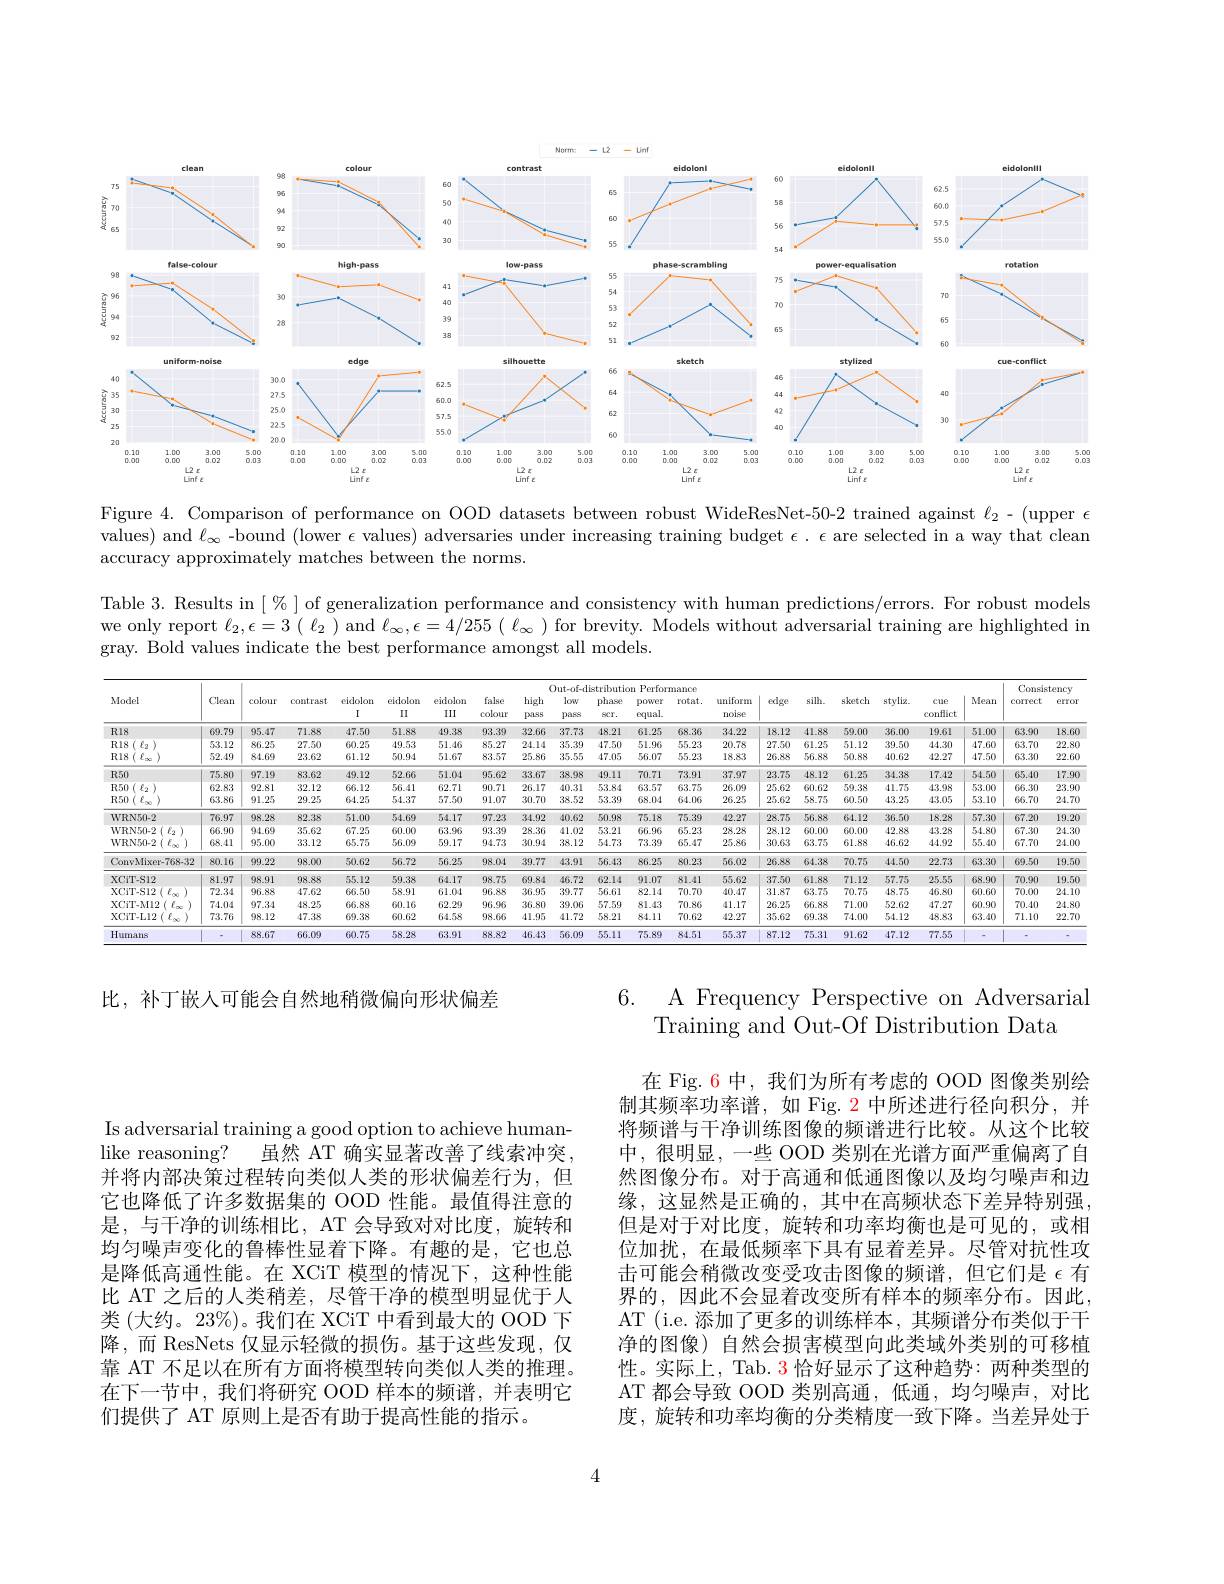
<FigureHere>

Figure 4. Comparison of performance on OOD datasets between robust WideResNet-50-2 trained against $\ell_2-($upper $\epsilon$ values) and $\ell_\infty$ -bound (lower $\epsilon$ values) adversaries under increasing training budget $\epsilon.\epsilon$ are selected in a way that clean accuracy approximately matches between the norms.

Table 3. Results in$[\%]$of generalization performance and consistency with human predictions/errors. For robust models we only report $\ell_2,\epsilon=3(\ell_2)$ and $\ell_\infty,\epsilon=4/255(\ell_\infty)$ for brevity. Models without adversarial training are highlighted in gray. Bold values indicate the best performance amongst all models.

<table>
	<tbody>
		<tr>
			<th rowspan="2">Model</th>
			<th rowspan="2">Clean</th>
			<th rowspan="2">colour</th>
			<th rowspan="2">contrast</th>
			<th rowspan="2">eidolon I</th>
			<th colspan="13">Out-of-distribution Performance</th>
			<th rowspan="2">$\therefore\ln$ styliz</th>
			<th rowspan="2">cue conflict</th>
			<th rowspan="2">Mean t</th>
			<th rowspan="2">Consis correct</th>
			<th>tency</th>
		</tr>
		<tr>
			<th rowspan="1">eidolon II</th>
			<th>eidolon III</th>
			<th rowspan="1">false colour</th>
			<th>lse hi our $pa$</th>
			<th>high $paS9$</th>
			<th>phase $SCr.$</th>
			<th>phase $SCT.$</th>
			<th>power equal.</th>
			<th>rotat.</th>
			<th>uniform noise</th>
			<th>iform oise</th>
			<th>$si$ $\log$e</th>
			<th>sketc</th>
			<th>error</th>
		</tr>
		<tr>
			<td>RI8</td>
			<td>69.79</td>
			<td>95.47</td>
			<td>71.88</td>
			<td>47.50</td>
			<td>51.88</td>
			<td>49.38</td>
			<td>93.39</td>
			<td>.39 32</td>
			<td>32.66</td>
			<td>48.21 2</td>
			<td>48.21</td>
			<td>61.25</td>
			<td>68.36</td>
			<td>34.22</td>
			<td>4.22 18</td>
			<td>41 .12</td>
			<td>59.00 8</td>
			<td>36.00</td>
			<td>19.61</td>
			<td>51.00</td>
			<td>63.90</td>
			<td>$18.6C$</td>
		</tr>
		<tr>
			<td>RI8 $E_{4}$</td>
			<td>53.12</td>
			<td>86.25</td>
			<td>27.50</td>
			<td>60.25</td>
			<td>49.53</td>
			<td>51.46</td>
			<td>85.27</td>
			<td>.27 24</td>
			<td>24.14</td>
			<td>47.50</td>
			<td>47.50</td>
			<td>51.96</td>
			<td>55.23</td>
			<td>20.78</td>
			<td>0.78 $2^{\prime}$</td>
			<td>.50 61</td>
			<td>5 51.12</td>
			<td>39.50</td>
			<td>44.30</td>
			<td>47.60</td>
			<td>63.70</td>
			<td>22.8(</td>
		</tr>
		<tr>
			<td>RI8</td>
			<td>52.49</td>
			<td>84.69</td>
			<td>23.62</td>
			<td>61.12</td>
			<td>50.94</td>
			<td>51.67</td>
			<td>83.57</td>
			<td>.57 25</td>
			<td>25.86</td>
			<td>47.05</td>
			<td>47.05</td>
			<td>56.07</td>
			<td>55.23</td>
			<td>18.83</td>
			<td>8.83 $2t$</td>
			<td>.88 56</td>
			<td>8 50.8</td>
			<td>40.62</td>
			<td>42.27</td>
			<td>47.50</td>
			<td>63.30</td>
			<td>22.6(</td>
		</tr>
		<tr>
			<td>$R50$</td>
			<td>75.80</td>
			<td>97.19</td>
			<td>83.62</td>
			<td>49.12</td>
			<td>52.66</td>
			<td>51.04</td>
			<td>95.62</td>
			<td>.62 33.</td>
			<td>33.67</td>
			<td>49.11 3</td>
			<td>49.11</td>
			<td>70.71</td>
			<td>73.91</td>
			<td>37.97</td>
			<td>7.97 2:</td>
			<td>.75 48</td>
			<td>2 61.2!</td>
			<td>34.38</td>
			<td>17.42</td>
			<td>54.50</td>
			<td>65.40</td>
			<td>17.9(</td>
		</tr>
		<tr>
			<td>$R50$ $\xi_{2}$ 1 </td>
			<td>62.83</td>
			<td>92.81</td>
			<td>32.12</td>
			<td>66.12</td>
			<td>56.41</td>
			<td>62.71</td>
			<td>90.71</td>
			<td>..71 26</td>
			<td>26.17</td>
			<td>53.84</td>
			<td>53.84</td>
			<td>63.57</td>
			<td>63.75</td>
			<td>26.09</td>
			<td>6.09 2</td>
			<td>.62 60</td>
			<td>2 59.38</td>
			<td>41.75</td>
			<td>43.98</td>
			<td>53.00</td>
			<td>66.30</td>
			<td>23.9(</td>
		</tr>
		<tr>
			<td>R50</td>
			<td>63.86</td>
			<td>91.25</td>
			<td>29.25</td>
			<td>64.25</td>
			<td>54.37</td>
			<td>57.50</td>
			<td>91.07</td>
			<td>.07 30</td>
			<td>30.70</td>
			<td>53.39</td>
			<td>53.39</td>
			<td>68.04</td>
			<td>64.06</td>
			<td>26.25</td>
			<td>6.25 2!</td>
			<td>.62 58</td>
			<td>5 60.50</td>
			<td>43.25</td>
			<td>43.05</td>
			<td>53.10</td>
			<td>66.70</td>
			<td>24.7(</td>
		</tr>
		<tr>
			<td>WRN50-2</td>
			<td>76.97</td>
			<td>98.28</td>
			<td>82.38</td>
			<td>51.00</td>
			<td>54.69</td>
			<td>54.17</td>
			<td>97.23</td>
			<td>.23 34</td>
			<td>34.92</td>
			<td>50.98 1 T</td>
			<td>50.98</td>
			<td>75.18</td>
			<td>75.39</td>
			<td>42.27</td>
			<td>2.27 $2i$</td>
			<td>.75 56</td>
			<td>64.12 8</td>
			<td>36.50</td>
			<td>18.28</td>
			<td>57.30</td>
			<td>67.20</td>
			<td>19.2(</td>
		</tr>
		<tr>
			<td>WRN50- 2 ( $t_{2}$</td>
			<td>66.90</td>
			<td>94.69</td>
			<td>35.62</td>
			<td>67.25</td>
			<td>60.00</td>
			<td>63.96</td>
			<td>93.39</td>
			<td>..39 28</td>
			<td>28.36</td>
			<td>53.21</td>
			<td>53.21</td>
			<td>66.96</td>
			<td>65.23</td>
			<td>28.28</td>
			<td>8.28 $2\xi$</td>
			<td>.12 60</td>
			<td>0 60.00</td>
			<td>42.88</td>
			<td>43.28</td>
			<td>54.80</td>
			<td>67.30</td>
			<td>24.3(</td>
		</tr>
		<tr>
			<td>2( $\ell _{\infty }$ WRN50-2</td>
			<td>68.41</td>
			<td>95.00</td>
			<td>33.12</td>
			<td>65.75</td>
			<td>56.09</td>
			<td>59.17</td>
			<td>94.73</td>
			<td>.73 30</td>
			<td>30.94</td>
			<td>54.73</td>
			<td>54.73</td>
			<td>73.39</td>
			<td>65.47</td>
			<td>25.86</td>
			<td>5.86 3(</td>
			<td>.63 63</td>
			<td>5 61.88</td>
			<td>46.62</td>
			<td>44.92</td>
			<td>55.40</td>
			<td>67.70</td>
			<td>24.0(</td>
		</tr>
		<tr>
			<td>ConvMixer-768-32</td>
			<td>80.16</td>
			<td>99.22</td>
			<td>98.00</td>
			<td>50.62</td>
			<td>56.72</td>
			<td>56.25</td>
			<td>98.04</td>
			<td>.04 39.</td>
			<td>39.77</td>
			<td>56.43</td>
			<td>56.43</td>
			<td>86.25</td>
			<td>80.23</td>
			<td>56.02</td>
			<td>6.02 $2\epsilon$</td>
			<td>.888 64</td>
			<td>70.7! 8</td>
			<td>44.50</td>
			<td>22.73</td>
			<td>63.30</td>
			<td>69.50</td>
			<td>19.5(</td>
		</tr>
		<tr>
			<td>XCiT-S12</td>
			<td>81.97</td>
			<td>98.91</td>
			<td>98.88</td>
			<td>55.12</td>
			<td>59.38</td>
			<td>64.17</td>
			<td>98.75</td>
			<td>.75 69.</td>
			<td>39.84</td>
			<td>62.14</td>
			<td>62.14</td>
			<td>91.07</td>
			<td>81.41</td>
			<td>55.62</td>
			<td>5.62 37</td>
			<td>.50 61</td>
			<td>8 71.12</td>
			<td>57.75</td>
			<td>25.55</td>
			<td>68.90</td>
			<td>70.90</td>
			<td>19.5(</td>
		</tr>
		<tr>
			<td>XCiT-S12</td>
			<td>72.34</td>
			<td>96.88</td>
			<td>47.62</td>
			<td>66.50</td>
			<td>58.91</td>
			<td>61.04</td>
			<td>96.88</td>
			<td>36 .88</td>
			<td>36.95</td>
			<td>56.61</td>
			<td>56.61</td>
			<td>82.14</td>
			<td>70.70</td>
			<td>40.47</td>
			<td>0.47 3</td>
			<td>.87 63</td>
			<td>70.7! 5</td>
			<td>48.75</td>
			<td>46.80</td>
			<td>60.60</td>
			<td>70.00</td>
			<td>24.1(</td>
		</tr>
		<tr>
			<td>XCiT-M12</td>
			<td>74.04</td>
			<td>97.34</td>
			<td>48.25</td>
			<td>66.88</td>
			<td>60.16</td>
			<td>62.29</td>
			<td>96.96</td>
			<td>.96 36</td>
			<td>36.80</td>
			<td>57.59</td>
			<td>57.59</td>
			<td>81.43</td>
			<td>70.86</td>
			<td>41.17</td>
			<td>1.17 $2t$</td>
			<td>.25 66</td>
			<td>8 71.00</td>
			<td>52.62</td>
			<td>47.27</td>
			<td>60.90</td>
			<td>70.40</td>
			<td>24.8(</td>
		</tr>
		<tr>
			<td>$\left(\begin{array}{c}\ell_{\infty}\\\end{array}\right)$ XCiT-Ll2</td>
			<td>73.76</td>
			<td>98.12</td>
			<td>47.38</td>
			<td>69.38</td>
			<td>60.62</td>
			<td>64.58</td>
			<td>98.66</td>
			<td>.66 41</td>
			<td>11.95</td>
			<td>58.21</td>
			<td>58.21</td>
			<td>84.11</td>
			<td>70.62</td>
			<td>42.27</td>
			<td>2.27 3!</td>
			<td>.62 69</td>
			<td>8 74.00</td>
			<td>54.12</td>
			<td>48.83</td>
			<td>63.40</td>
			<td>71.10</td>
			<td>22.7(</td>
		</tr>
		<tr>
			<td>Humans</td>
			<td> </td>
			<td>88.67</td>
			<td>66.09</td>
			<td>60.75</td>
			<td>58.28</td>
			<td>63.91</td>
			<td>88.82</td>
			<td>.82 46</td>
			<td>16.43</td>
			<td>55.11</td>
			<td>55.11</td>
			<td>75.89</td>
			<td>84.51</td>
			<td>55.37</td>
			<td>5.37 $8^{\prime}$</td>
			<td>75 .12</td>
			<td>91.62 1</td>
			<td>47.12</td>
			<td>77.55</td>
			<td> </td>
			<td> </td>
			<td> </td>
		</tr>
	</tbody>
</table>

比，补丁嵌人可能会自然地稍微偏向形状偏差

6. A Frequency Perspective on Adversarial
Training and Out-Of Distribution Data

在 Fig. 6 中，我们为所有考虑的 OOD 图像类别绘制其频率功率谱，如 Fig. 2 中所述进行径向积分，并将频谱与干净训练图像的频谱进行比较。从这个比较中，很明显，一些 OOD 类别在光谱方面严重偏离了自然图像分布。对于高通和低通图像以及均匀噪声和边缘，这显然是正确的，其中在高频状态下差异特别强， 但是对于对比度，旋转和功率均衡也是可见的，或相位加扰，在最低频率下具有显着差异。尽管对抗性攻击可能会稍微改变受攻击图像的频谱，但它们是$\epsilon$有界的，因此不会显着改变所有样本的频率分布。因此， AT (i.e. 添加了更多的训练样本，其频谱分布类似于干净的图像) 自然会损害模型向此类域外类别的可移植性。实际上，Tab. $\color{red}{3}$恰好显示了这种趋势：两种类型的AT 都会导致 OOD 类别高通，低通，均匀噪声，对比度，旋转和功率均衡的分类精度一致下降。当差异处于

Is adversarial training a good option to achieve human-
虽然 AT 确实显著改善了线索冲突，
like reasoning?
并将内部决策过程转向类似人类的形状偏差行为，但它也降低了许多数据集的 OOD 性能。最值得注意的是，与干净的训练相比，AT 会导致对对比度，旋转和均匀噪声变化的鲁棒性显着下降。有趣的是，它也总是降低高通性能。在 XCiT 模型的情况下，这种性能比 AT 之后的人类稍差，尽管干净的模型明显优于人类 (大约。23%)。我们在 XCiT 中看到最大的 OOD 下降，而 ResNets 仅显示轻微的损伤。基于这些发现，仅靠 AT 不足以在所有方面将模型转向类似人类的推理。在下一节中，我们将研究 OOD 样本的频谱，并表明它们提供了 AT 原则上是否有助于提高性能的指示。

4